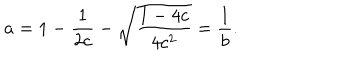
LaTeX: a = 1 - \frac { 1 } { 2 c } - \sqrt { \frac { 1 - 4 c } { 4 c ^ { 2 } } } = \frac { 1 } { b } .